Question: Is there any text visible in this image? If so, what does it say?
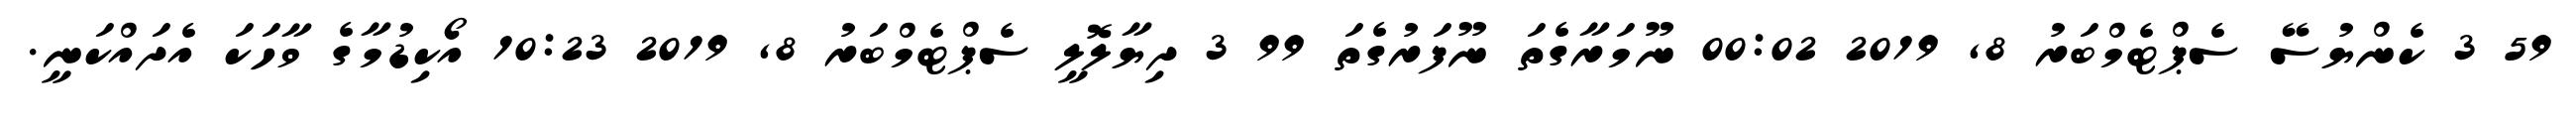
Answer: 59 3 ކެންޔުސޭ ސެޕްޓެމްބަރު 8, 2019 00:02 ނޫމަރާގެތަ ނޫފަރުގެތަ 99 3 ދިޔާލޮލީ ސެޕްޓެމްބަރު 8, 2019 10:23 އޯކިޑުމާގެ ވާހަކަ އެދައްކަނީ.